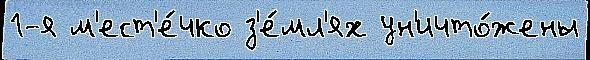
1-я м'ест'е́чко з'е́мл'ях ун'ичто́жены